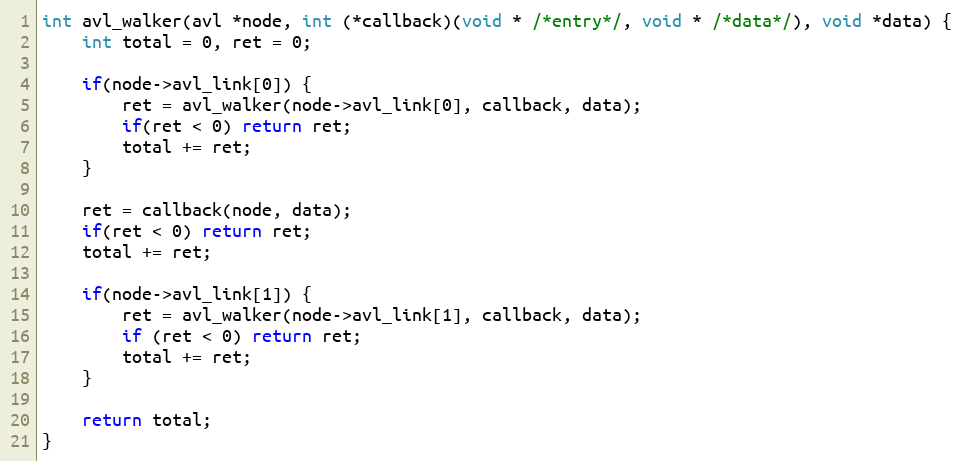
Language: C
int avl_walker(avl *node, int (*callback)(void * /*entry*/, void * /*data*/), void *data) {
    int total = 0, ret = 0;

    if(node->avl_link[0]) {
        ret = avl_walker(node->avl_link[0], callback, data);
        if(ret < 0) return ret;
        total += ret;
    }

    ret = callback(node, data);
    if(ret < 0) return ret;
    total += ret;

    if(node->avl_link[1]) {
        ret = avl_walker(node->avl_link[1], callback, data);
        if (ret < 0) return ret;
        total += ret;
    }

    return total;
}